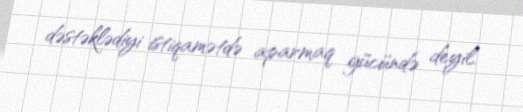
dəstəklədiyi istiqamətdə aparmaq gücündə deyil.